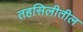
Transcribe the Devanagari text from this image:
तहसिलीतील